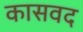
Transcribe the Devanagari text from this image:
कासवद